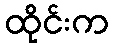
ထိုင်းက